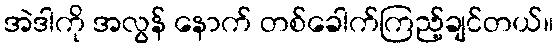
အဲဒါကို အလွန် နောက် တစ်ခေါက်ကြည့်ချင်တယ်။